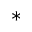
^ *